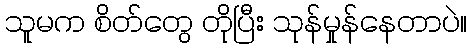
သူမက စိတ်တွေ တိုပြီး သုန်မှုန်နေတာပဲ။